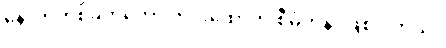
နောက်တစ်ခုကတော့ ကင်းထောက် စီမံကိန်း ဖြစ်ပါတယ်။